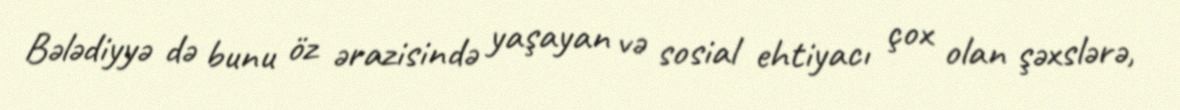
Bələdiyyə də bunu öz ərazisində yaşayan və sosial ehtiyacı çox olan şəxslərə,